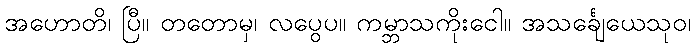
အဟောတိ၊ ပြီ။ တတောမှ၊ လပွေပ။ ကမ္ဘာသကိုးငေါ။ အသင်္ချေယေသုဝ၊